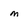
Character: m